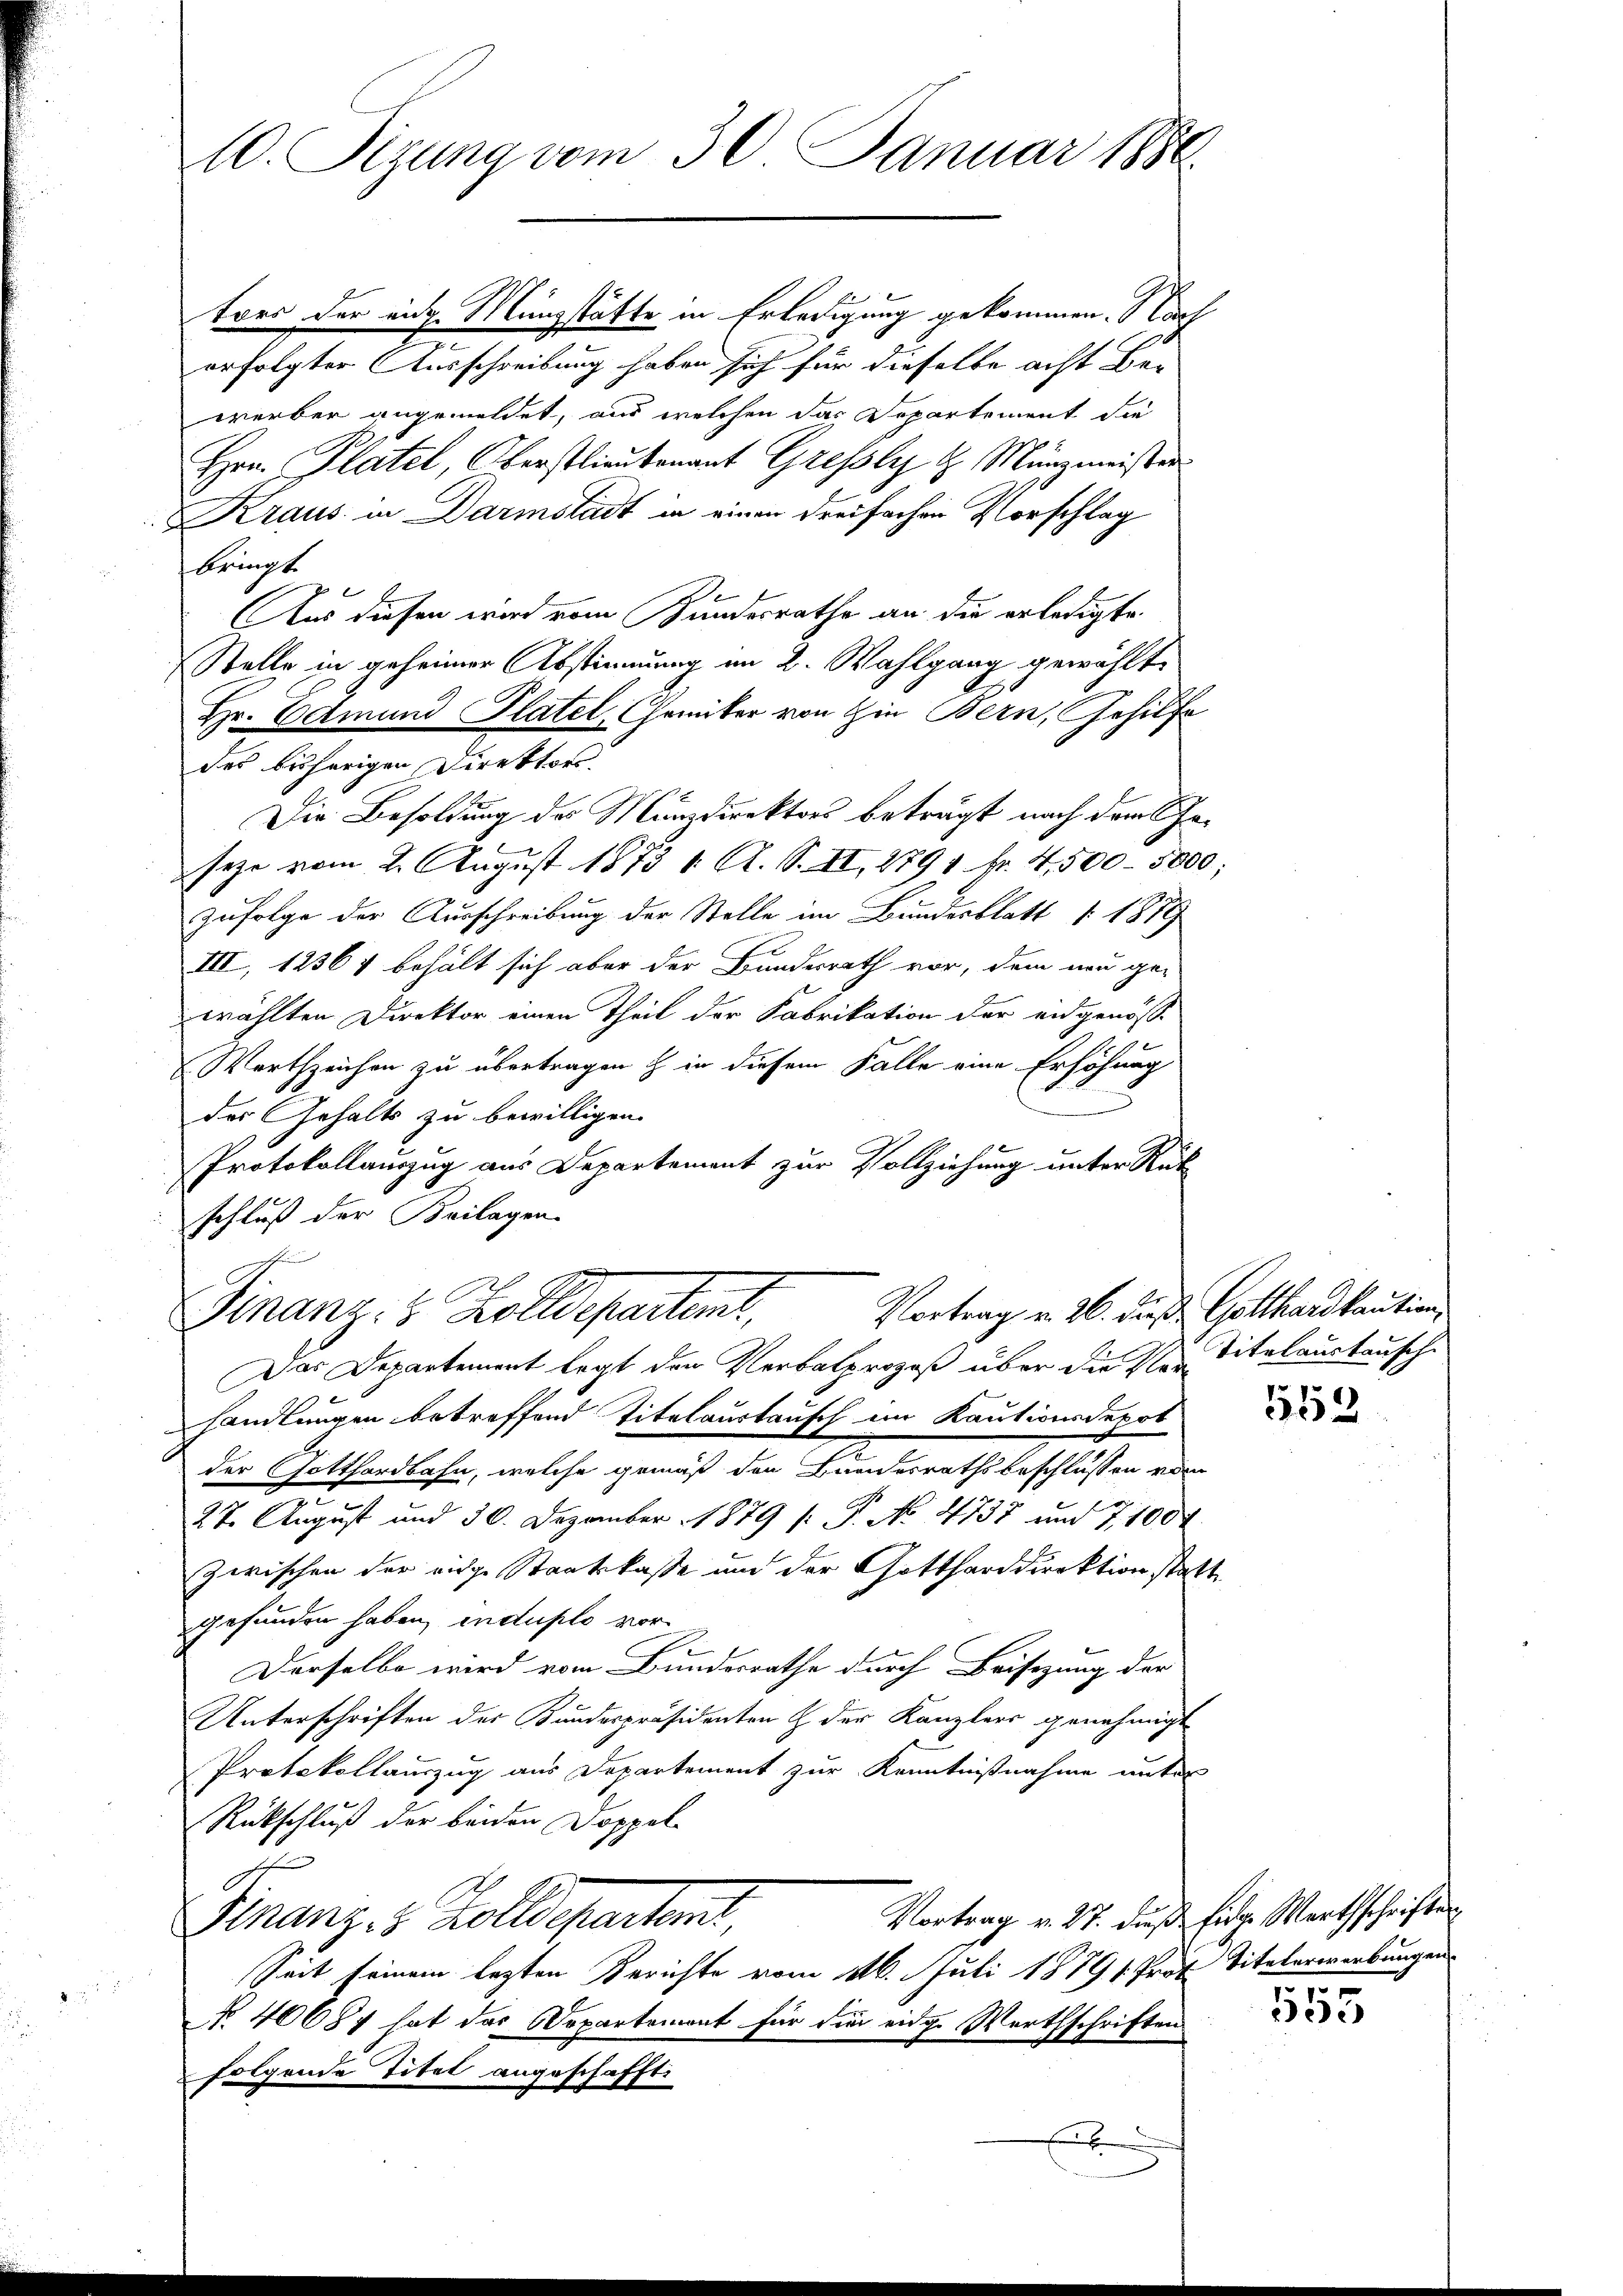
10. Sizung vom 30. Januar 1880.

tors der eine Münzstätte in Erledigung gekommen. Nach
erfolgter Ausschreibung haben sich für dieselbe acht Be-
werber angemeldet, aus welchen das Departement die
Hrn. Platel, Oberstlieutenant Grefsly d. Münzmeister
Kraus in Darmstadt in einen dreifachen Vorschlag
bringt.
Aus diesen wird vom Bundesrathe an die erledigte.
Stelle in geheimer Abstimmung im 2. Wahlgang gewählt.
Hr. Edmund Platel, Chemiker von Hin Bern, Gehilfe
des bisherigen Direktors.
Die Besoldung des Münzdirektors beträgt nach dem Geseze vom 2. August 1873 1. A. S. II, 2791 fr. 4,500 - 5000
zufolge der Ausschreibung der Stelle im Bundesblatt 1879
III, 12364 behält sich aber der Bundesrath vor, dem neu ge-
wählten Direktor einen Theil der Fabrikation der eidgenösse
Werthzeichen zu übertragen & in diesem Falle eine Erhöhung
des Gehalts zu bewilligen.
Protokollauszug aus Departement zur Vollziehung unter Rück
schluß der Beilagen.
e
Finanz: 8 Zolldepartemt, Vortrag v. 26. Das Gotthardkaution
Das Departement legt den Verbalprozeß über die Vor Titelaustauschi
handlungen betreffend Titelaustausch im Kautionsdepot
der Gotthardbahn, welche gemäß den Landesrathsbeschlüssen vom
27. August und 30. Dezember 1879 (: P. No. 4738 und 7100
zwischen der eidge Staatskasse und der Gottharddirektion statt.
gefunden haben, induplo vor¬
Derselbe wird vom Bundesrathe durch Beisizung der
Unterschriften der Kundespräsidenten & der Kanzlers genehmigt
Protokollauszug aus Departement zur Kenntnißnahme unter
Rückschluß der beiden Doppel
Vortrag v. 27. dieß Eidge Marthschriften
Finanzes Zolldepartet,
Seit seinem lezten Berichte vom 16. Juli 1879 1. Prof. Titelerwerbungen
No 40684 hat das Departemont für die eidg. Werthschriften
folgende Titel angeschafft.
.

552

555